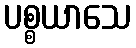
ပစ္စယာသေ